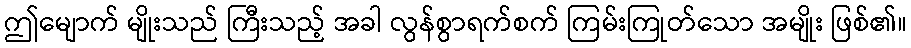
ဤမျောက် မျိုးသည် ကြီးသည့် အခါ လွန်စွာရက်စက် ကြမ်းကြုတ်သော အမျိုး ဖြစ်၏။